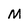
Character: M